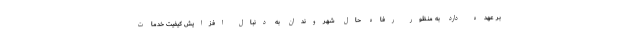
بر عهده دارد به منظور رفاه حال شهروندان به دنبال افزایش کیفیت خدمات